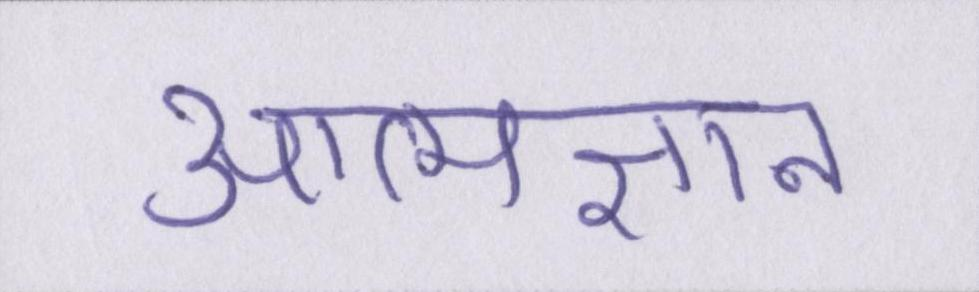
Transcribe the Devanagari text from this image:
आत्मज्ञान